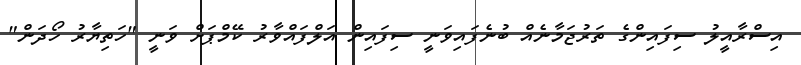
އިސްރާއީލު ސިފައިންގެ ތަރުޖަމާނެއް ބުނެފައިވަނީ ސިފައިން އަލްފައްވާރު ކޭމްޕަށް ވަނީ "ހަތިޔާރު ހޯދަން"